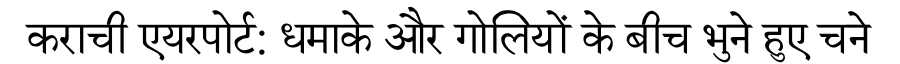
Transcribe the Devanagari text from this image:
कराची एयरपोर्ट: धमाके और गोलियों के बीच भुने हुए चने